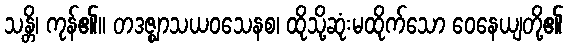
သန္တိ၊ ကုန်၏။ တဒဇ္ဈာသယဝသေနစ၊ ထိုသို့ဆုံးမထိုက်သော ဝေနေယျတို့၏